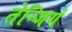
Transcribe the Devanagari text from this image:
तेन्जिगं